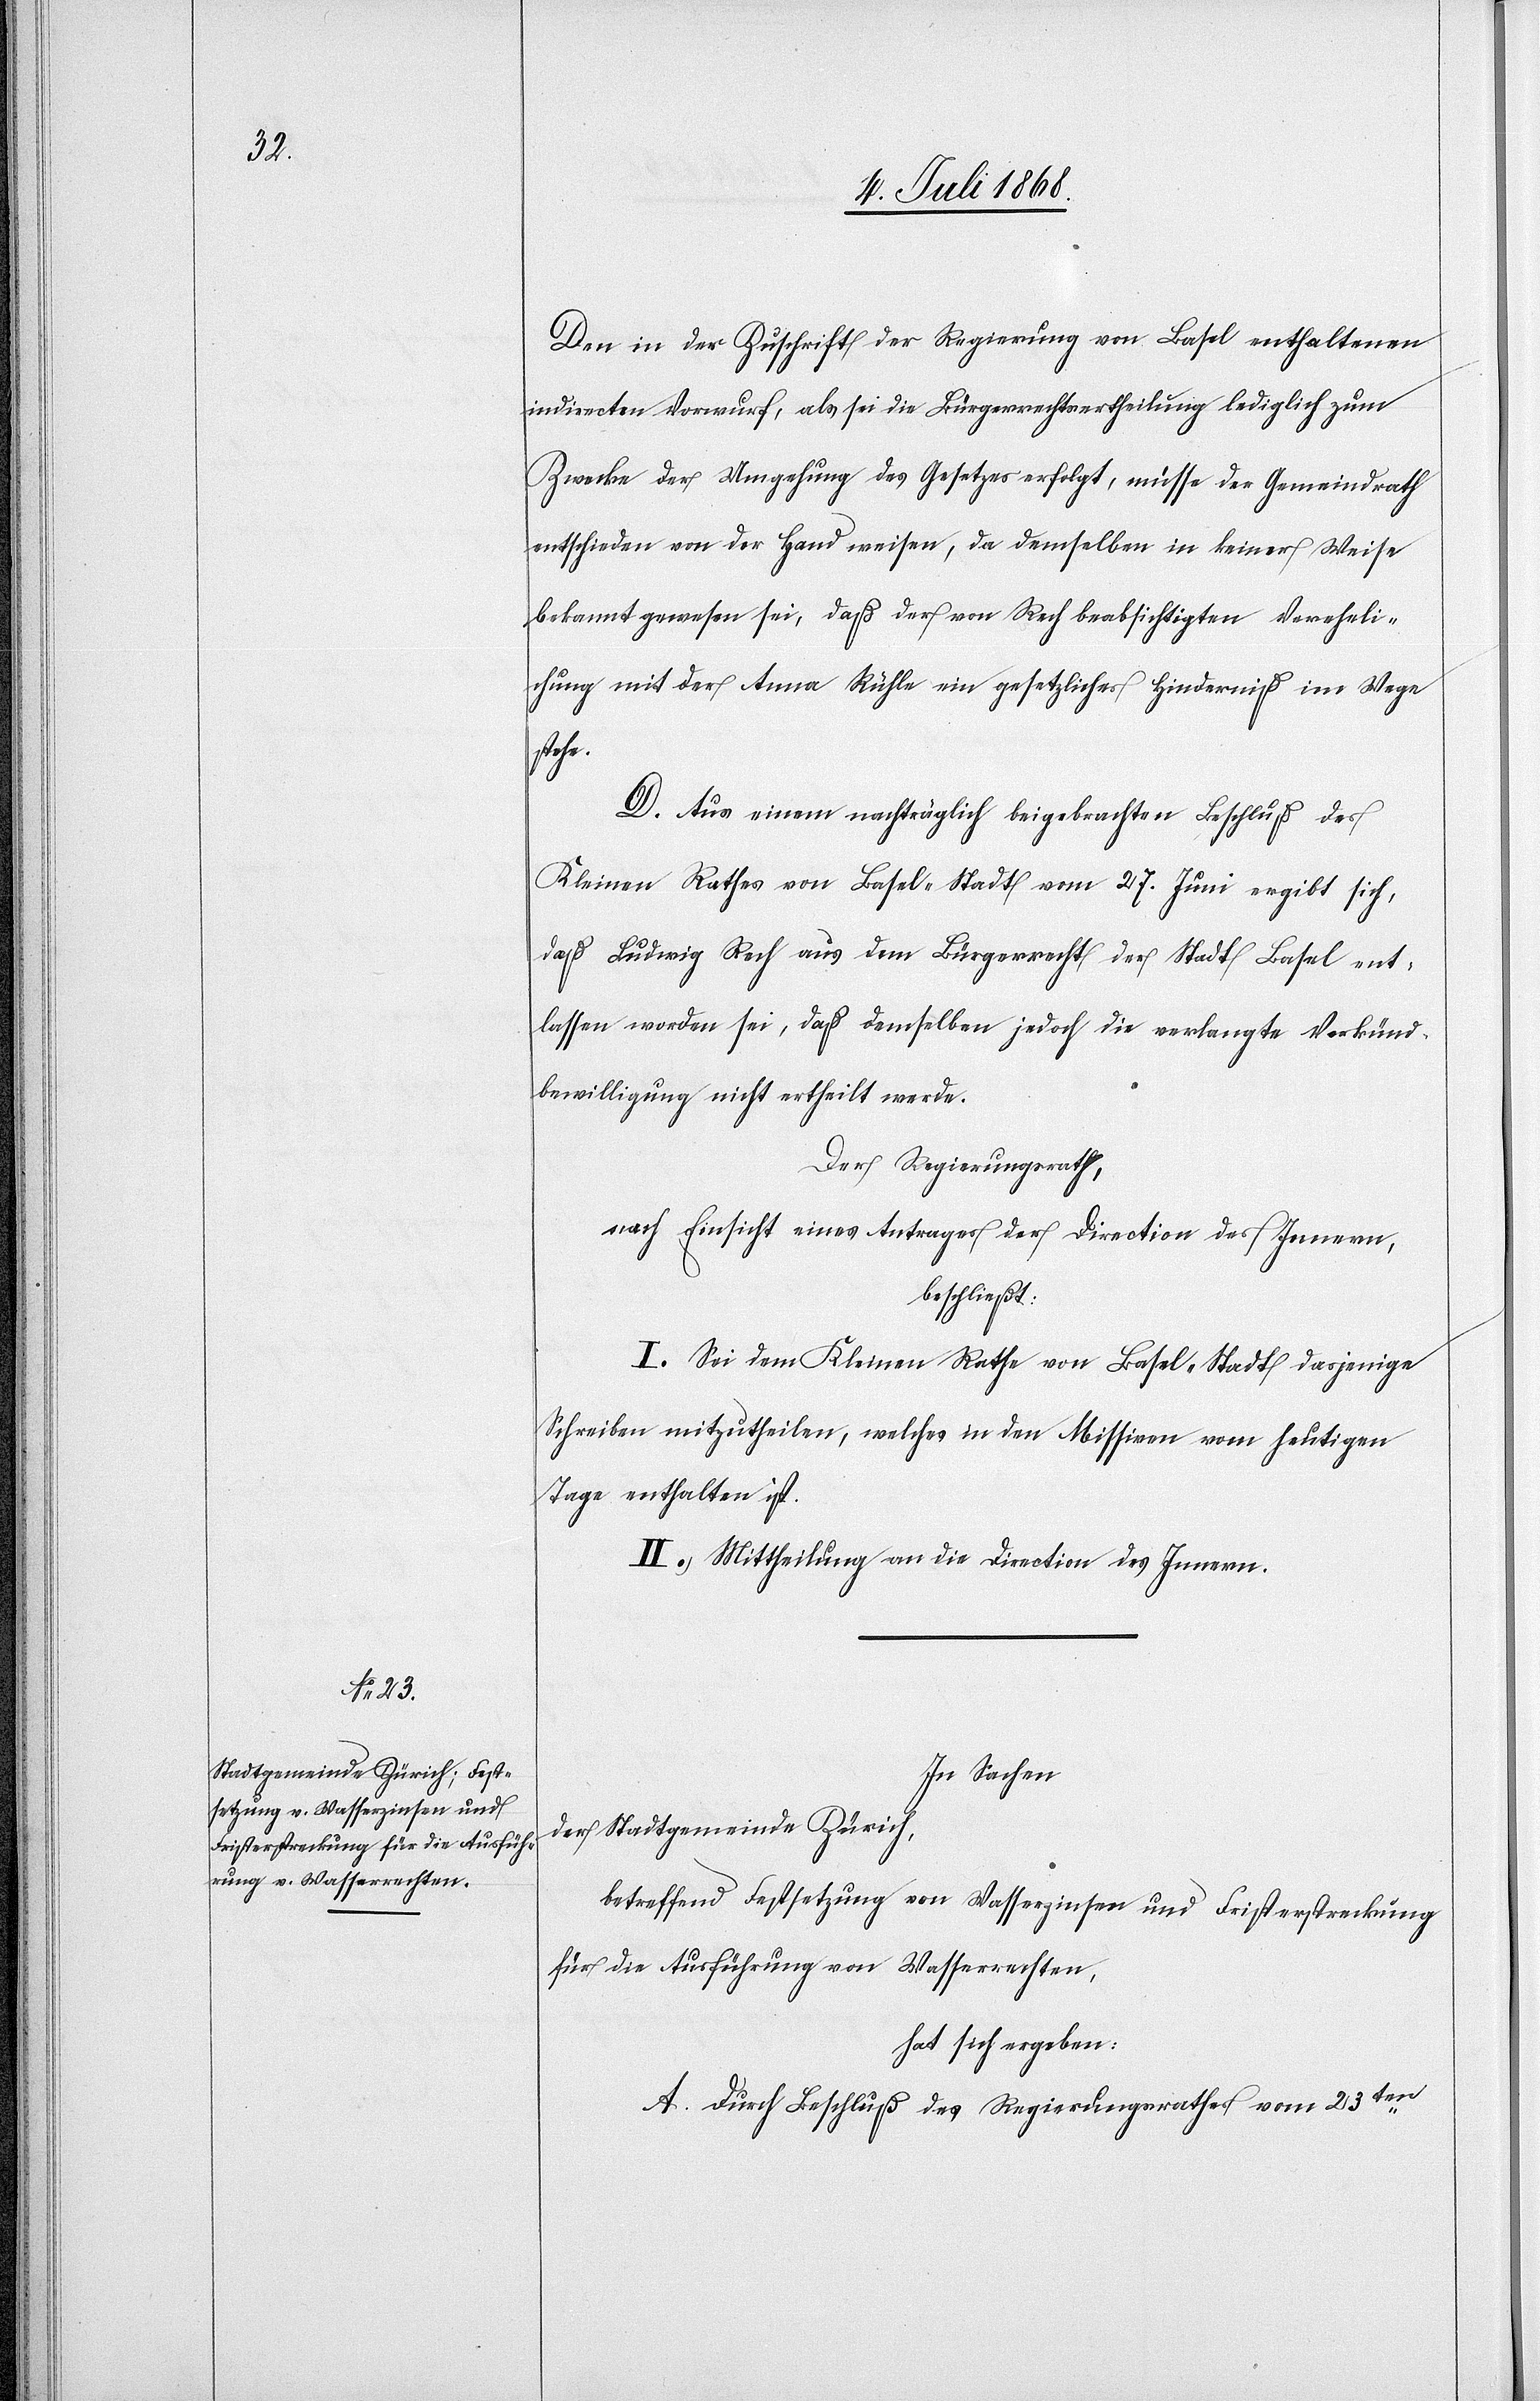
Den in der Zuschrift der Regierung von Basel enthaltenen
indirecten Vorwurf, als sei die Bürgerrechtsertheilung lediglich zum
Zwecke der Umgehung des Gesetzes erfolgt, müsse der Gemeindrath
entschieden von der Hand weisen, da demselben in keiner Weise
bekannt gewesen sei, daß der von Rech beabsichtigten Vereheli¬
chung mit der Anna Rühle ein gesetzliches Hinderniß im Wege
stehe.
D. Aus einem nachträglich beigebrachten Beschluß des
Kleinen Rathes von Basel-Stadt vom 27. Juni ergibt sich,
daß Ludwig Rech aus dem Bürgerrecht der Stadt Basel ent¬
lassen worden sei, daß demselben jedoch die verlangte Verkünd¬
bewilligung nicht ertheilt werde.
Der Regierungsrath,
nach Einsicht eines Antrages der Direction des Innern,
beschließt:
I.) Sei dem Kleinen Rathe von Basel-Stadt dasjenige
Schreiben mitzutheilen, welches in den Missiven vom heutigen
Tage enthalten ist.
II.) Mittheilung an die Direction des Innern.
In Sachen
der Stadtgemeinde Zürich,
betreffend Festsetzung von Wasserzinsen und Fristerstreckung
für die Ausführung von Wasserrechten,
hat sich ergeben:
A. Durch Beschluß des Regierungsrathes vom 23ten